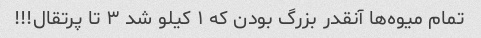
تمام میوه‌ها آنقدر بزرگ بودن که ۱ کیلو شد ۳ تا پرتقال!!!